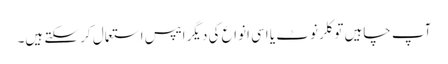
آپ چاہیں تو کلر نوٹ یا اسی انواع کی دیگر ایپس استعمال کر سکتے ہیں۔